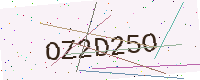
Text: OZ2D25O